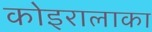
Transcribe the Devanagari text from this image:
कोइरालाका